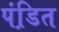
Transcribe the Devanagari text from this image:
पंडि़त